Indian journal of veterinary science and animal husbandry - Volumes 26-27, 1956-1957
Year: 1956
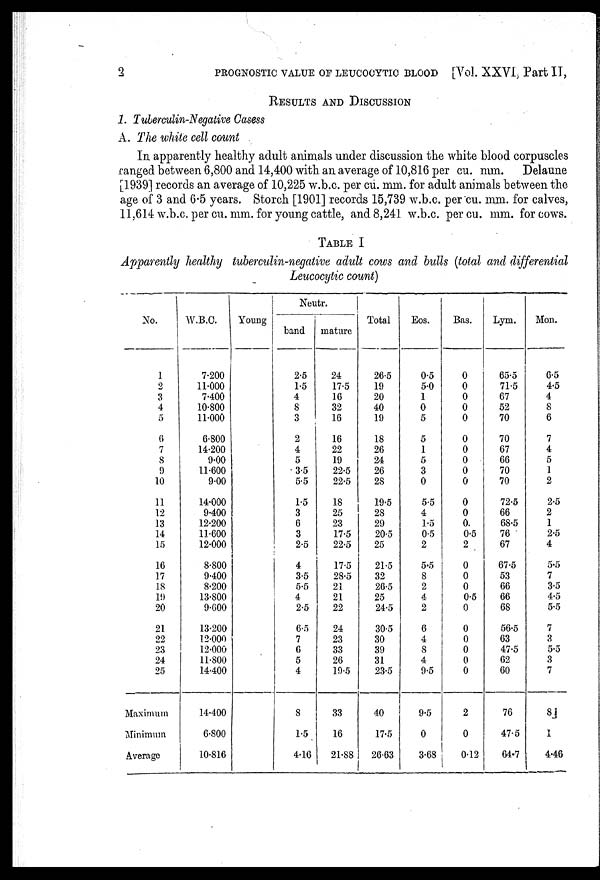
2
PROGNOSTIC VALUE OF LEUCOCYTIC BLOOD [Vol. XXVI, Part II,
RESULTS AND DISCUSSION 1. Tuberculin-Negative
A. The white cell count
In apparently healthy adult animals under discussion the white blood corpuscles
ranged between 6,800 and 14,400 with an average of 10,816 per cu. mm. Delaune
[1939] records an average of 10,225 w.b.c. per cu. mm. for adult animals between the
age of 3 and 6.5 years. Storch [1901] records 15,739 w.b.c. per cu. mm. for calves,
11,614 w.b.c. per cu. mm. for young cattle, and 8,241 w.b.c. per cu. mm. for cows.
TABLE I
Apparently healthy tuberculin-negative adult cows and bulls (total and differential
Leucocytic count)
No.
1
2
3
4
5
6
7
8
9
10
11
12
13
14
15
16
17
18
19
20
21
22
23
24
25
Maximum
Minimum
Average
W.B.C.
7.200
11.000
7.400
10.800
11.000
6.800
14.200
9.00
11.600
9.00
14.000
9.400
12.200
11.600
12.000
8.800
9.400
8.200
13.800
9.600
13.200
12.000
12.000
11.800
14.400
14.400
6.800
10.816
Young
Neutr.
band
2.5
1.5
4
8
3
2
4
5
3.5
5.5
1.5
3
6
3
2.5
4
3.5
5.5
4
2.5
6.5
7
6
5
4
8
1.5
4.16
mature
24
17.5
16
32
16
16
22
19
22.5
22.5
18
25
23
17.5
22.5
17.5
28.5
21
21
22
24
23
33
26
19.5
33
16
21.88
Total
26.5
19
20
40
19
18
26
24
26
28
19.5
28
29
20.5
25
21.5
32
26.5
25
24.5
30.5
30
39
31
23.5
40
17.5
26.63
Eos.
0.5
5.0
1
0
5
5
1
5
3
0
5.5
4
1.5
0.5
2
5.5
8
2
4
2
6
4
8
4
9.5
9.5
0
3.68
Bas.
0
0
0
0
0
0
0
0
0
0
0
0
0
0.5
2
0
0
0
0.5
0
0
0
0
0
0
2
0
0.12
Lym.
65.5
71.5
67
52
70
70
67
66
70
70
72.5
66
68.5
76
67
67.5
53
66
66
68
56.5
63
47.5
62
60
76
47.5
64.7
Mon.
6.5
4.5
4
8
6
7
4
5
1
2
2.5
2
1
2.5
4
5.5
7
3.5
4.5
5.5
7
3
5.5
3
7
8
1
4.46